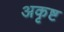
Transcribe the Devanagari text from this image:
अकृष्ट